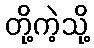
တို့ကဲ့သို့